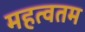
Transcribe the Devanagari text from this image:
महत्वतम